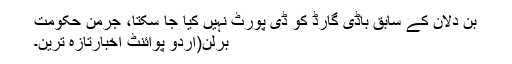
بن دلان کے سابق باڈی گارڈ کو ڈی پورٹ نہیں کیا جا سکتا، جرمن حکومت
برلن(اُردو پوائنٹ اخبارتازہ ترین۔